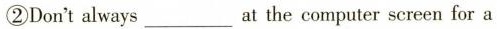
②Don't always ___ at the computer screen for a